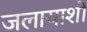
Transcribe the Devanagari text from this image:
जलायाशों